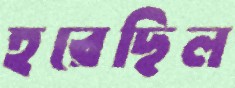
হরেছিল